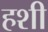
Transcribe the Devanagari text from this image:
हशी